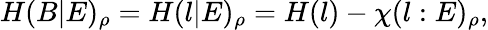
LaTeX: H(B|E)_{\rho}=H(l|E)_{\rho}=H(l)-\chi(l:E)_{\rho},